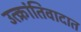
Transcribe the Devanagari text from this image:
उत्क्रांतिवादात